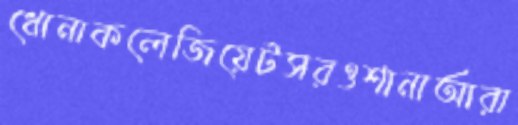
ধোনাকলেজিয়েটসরওশানাআরা